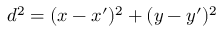
d ^ { 2 } = ( x - x ^ { \prime } ) ^ { 2 } + ( y - y ^ { \prime } ) ^ { 2 }